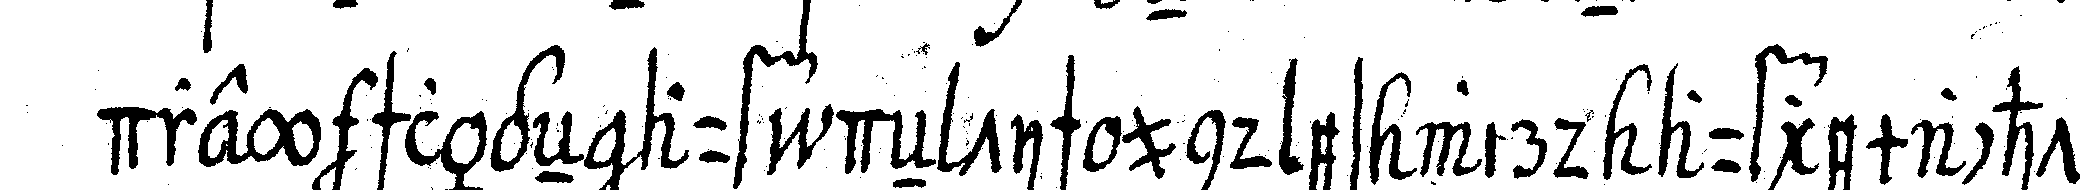
drey schlägeN auf deN tisch und es wird aufgemacht